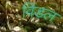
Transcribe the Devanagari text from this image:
विंडल